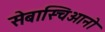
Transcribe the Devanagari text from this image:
सेबास्चिआनो